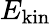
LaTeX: E_{\mathrm{kin}}